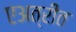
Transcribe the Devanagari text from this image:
एअत्रीत